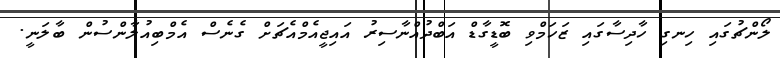
ލޯންޗުގައި ހިނގި ހާދިސާގައި ޒަހަމްވި ބޮޑީގާޑް އަބްދުއްނާސިރު އައިޖީއެމްއެޗަށް ގެނެސް އެމްބިއުލާންސުން ބާލަނީ.